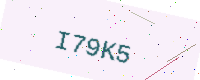
Text: I79K5